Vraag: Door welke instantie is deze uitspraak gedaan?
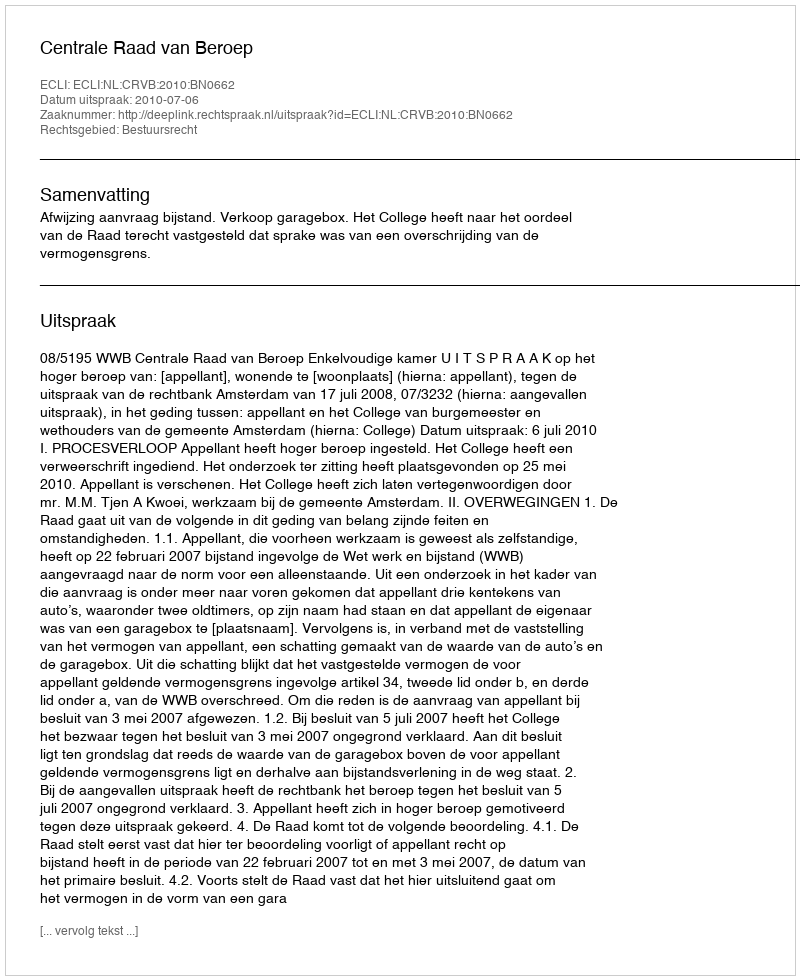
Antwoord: Centrale Raad van Beroep